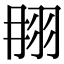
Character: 𦐎